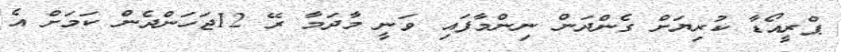
ޕްރީއޯޑާ ކުރިޔަށް ގެންދަން ނިންމާފައި ވަނީ މާދަމާ ރޭ 12ޖަހަންދެން ކަމަށް އެ